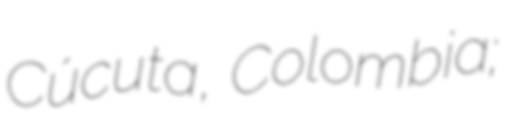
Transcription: Cúcuta, Colombia;